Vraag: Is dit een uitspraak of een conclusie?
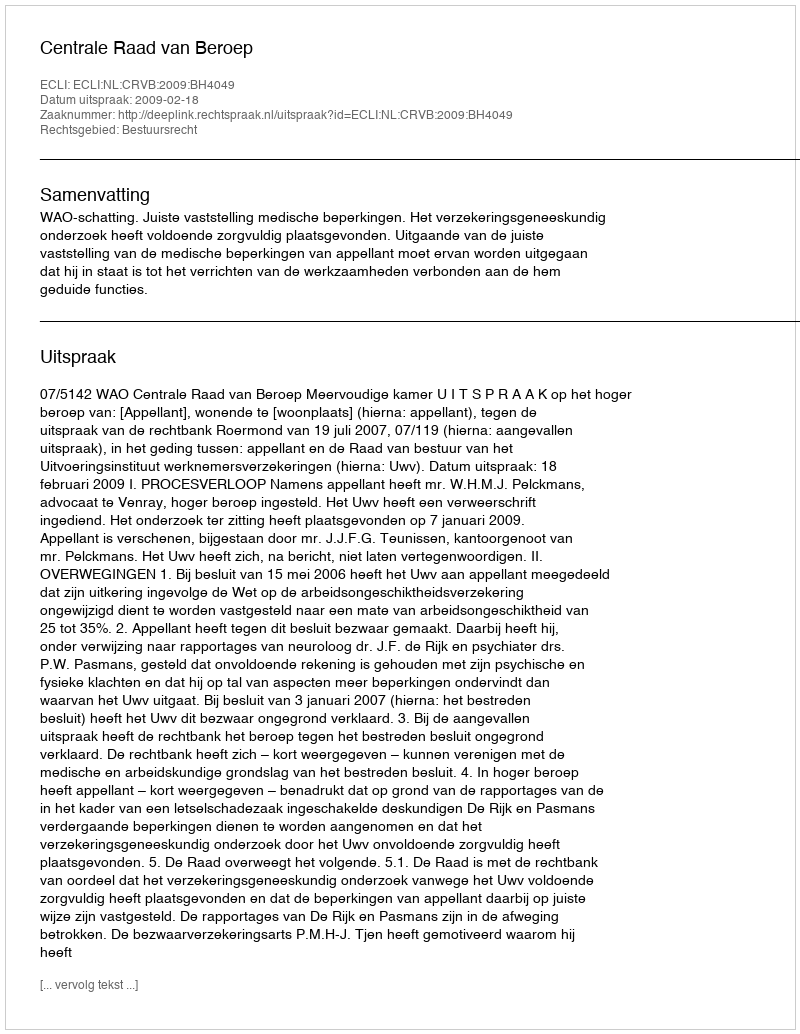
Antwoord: Uitspraak